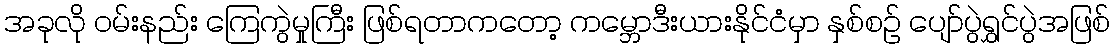
အခုလို ဝမ်းနည်း ကြေကွဲမှုကြီး ဖြစ်ရတာကတော့ ကမ္ဘောဒီးယားနိုင်ငံမှာ နှစ်စဉ် ပျော်ပွဲရွှင်ပွဲအဖြစ်